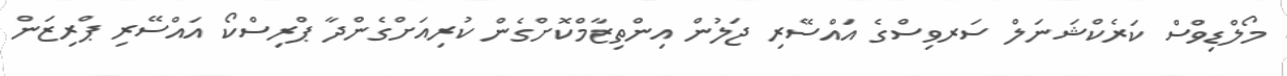
މޯލްޑިވްސް ކަރެކްޝަނަލް ސަރވިސްގެ އައްސޭރި ޖަލުން އިންތިޒާމްކޮށްގެން ކުރިއަށްގެންދާ ޕްރިސްކޯ އައްސޭރި ޕްރިޒަން